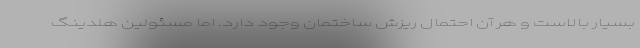
بسیار بالاست و هر آن احتمال ریزش ساختمان وجود دارد. اما مسئولین هلدینگ